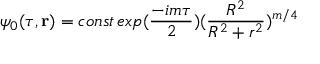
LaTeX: \psi _ { 0 } ( \tau , { \bf r } ) = c o n s t \, e x p ( \frac { - i m \tau } { 2 } ) ( \frac { R ^ { 2 } } { R ^ { 2 } + r ^ { 2 } } ) ^ { m / 4 }